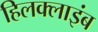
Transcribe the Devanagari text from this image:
हिलक्‍लाइंब